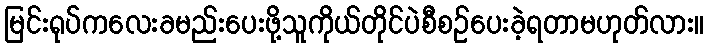
မြင်းရုပ်ကလေးခမည်းပေးဖို့သူကိုယ်တိုင်ပဲစီစဉ်ပေးခဲ့ရတာမဟုတ်လား။